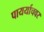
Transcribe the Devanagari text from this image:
पायर्याचवर